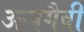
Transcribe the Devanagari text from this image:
अजगैवी